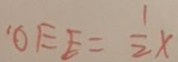
O E E = \frac { 1 } { 2 } x